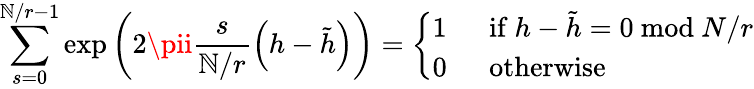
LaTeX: \sum_{s=0}^{\mathbb{N}/r-1}\exp\left(2\pii\frac{{s}}{{\mathbb{N}/r}}\left(h-\tilde{{h}}\right)\right)=\left\{ \begin{array}{ll}{{1}}&{{~~\mathrm{if~}h-\tilde{h}=0~\mathrm{mod}~N/r}}\\ {{0}}&{{~~\mathrm{otherwise}}}\end{array}\right.